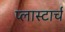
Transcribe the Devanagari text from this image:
प्लास्टार्च